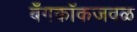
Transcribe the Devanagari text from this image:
बँगकॉकजवळ